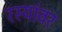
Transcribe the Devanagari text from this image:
रस्यांवर